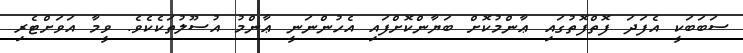
ސަބަބަކީ އެފަދަ ފޮތްފޮތުގައި ޢާންމުކޮށް ބަޔާންކޮށްފައި އެހުންނަނީ ޢާންމު އުސޫލުތަކެކެވެ. ވީމާ އަވަށްޓެރި